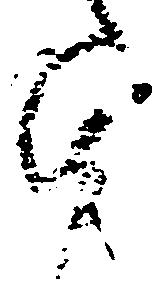
由